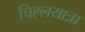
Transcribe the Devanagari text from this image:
चिह्लयात्रा